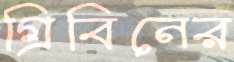
গ্রিবিনের